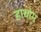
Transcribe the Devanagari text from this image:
हाथोम